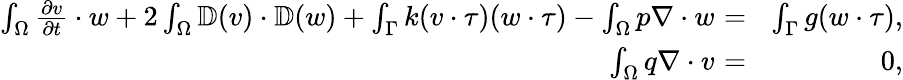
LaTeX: \begin{array}{rlr}{\int_{\Omega}\frac{\partial v}{\partial t}\cdot w+2\int_{\Omega}\mathbb{D}(v)\cdot\mathbb{D}(w)+\int_{\Gamma}k(v\cdot\tau)(w\cdot\tau)-\int_{\Omega}p\nabla\cdot w}&{\! \! \! \! =\! \! \! \! }&{\int_{\Gamma}g(w\cdot\tau),}\\ {\int_{\Omega}q\nabla\cdot v}&{\! \! \! \! =\! \! \! \! }&{0,}\end{array}